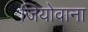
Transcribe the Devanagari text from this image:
जियोवाना